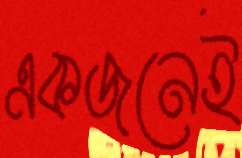
একজনেই